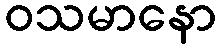
ဝသမာနော